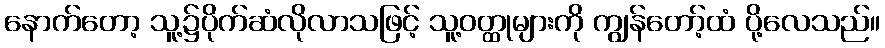
နောက်တော့ သူ့၌ပိုက်ဆံလိုလာသဖြင့် သူ့ဝတ္ထုများကို ကျွန်တော့်ထံ ပို့လေသည်။